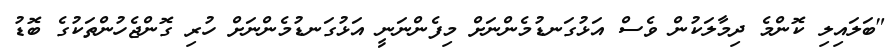
"ބަލައިލި ކޮންމެ ދިމާލަކުން ވެސް އަޅުގަނޑުމެންނަށް މިފެންނަނީ އަޅުގަނޑުމެންނަށް ހުރި ގޮންޖެހުންތަކުގެ ބޮޑު